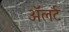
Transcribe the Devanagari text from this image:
अॅलर्ट